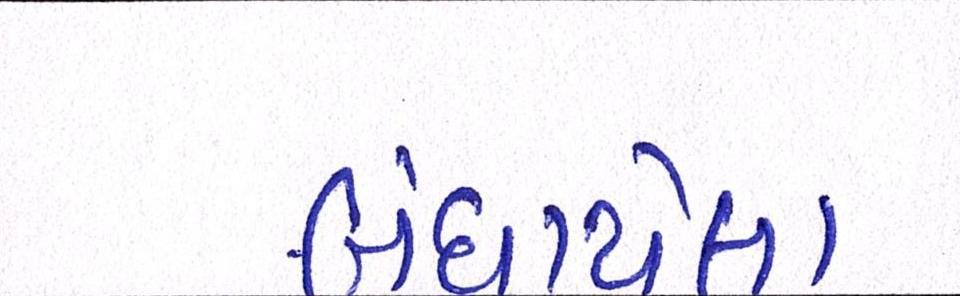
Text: બંધાયેલા